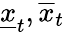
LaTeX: \underline{{x}}_{t},\overline{{x}}_{t}